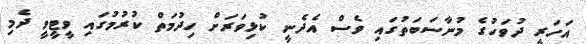
އަހަރީ ދުވަހުގެ މުނާސަބަތުގައި ވެސް އެދެނީ ކުޅިވަރަށް ހިދުމަތް ކުރުމުގައި ވީޓީވީ ދެމި